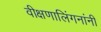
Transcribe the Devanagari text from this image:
वीक्षणालिंगनांनीं